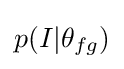
p(I|\theta _{fg})